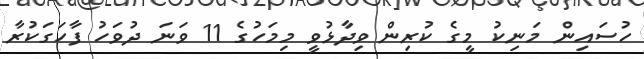
ހުސައިން މަނިކު މީގެ ކުރިން ވިދާޅުވީ މިމަހުގެ 11 ވަނަ ދުވަހު ފާހަގަކުރާ